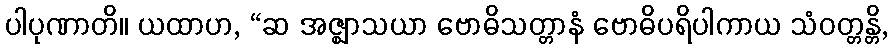
ပါပုဏာတိ။ ယထာဟ, “ဆ အဇ္ဈာသယာ ဗောဓိသတ္တာနံ ဗောဓိပရိပါကာယ သံဝတ္တန္တိ,